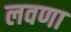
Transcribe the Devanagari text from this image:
लवणा